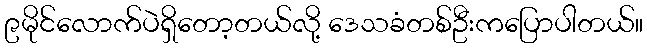
၉မိုင်လောက်ပဲရှိတော့တယ်လို့ ဒေသခံတစ်ဦးကပြောပါတယ်။